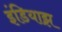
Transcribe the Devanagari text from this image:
इंडियाझ